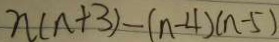
n ( n + 3 ) - ( n - 4 ) ( n - 5 )